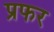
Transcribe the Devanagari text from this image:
प्रफर